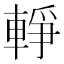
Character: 𨌢